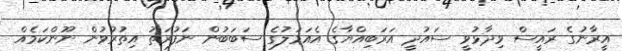
އީރާނުގެ ރައީސް ވިދާޅުވީ ސައުދީ އަރަބިއްޔާގެ އެއަމަލުގެ ސަބަބުން ނަފުރަތު އިތުރުވުން ނޫންކަމެއް